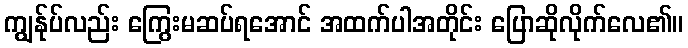
ကျွန်ုပ်လည်း ကြွေးမဆပ်ရအောင် အထက်ပါအတိုင်း ပြောဆိုလိုက်လေ၏။